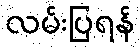
လမ်းပြရန်